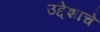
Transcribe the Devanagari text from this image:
उद्देशाचे